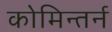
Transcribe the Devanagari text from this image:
कोमिन्तर्न